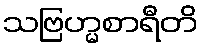
သဗြဟ္မစာရီတိ